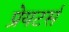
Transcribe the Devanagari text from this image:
प्रेयटर्स